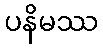
ပနိမဿ